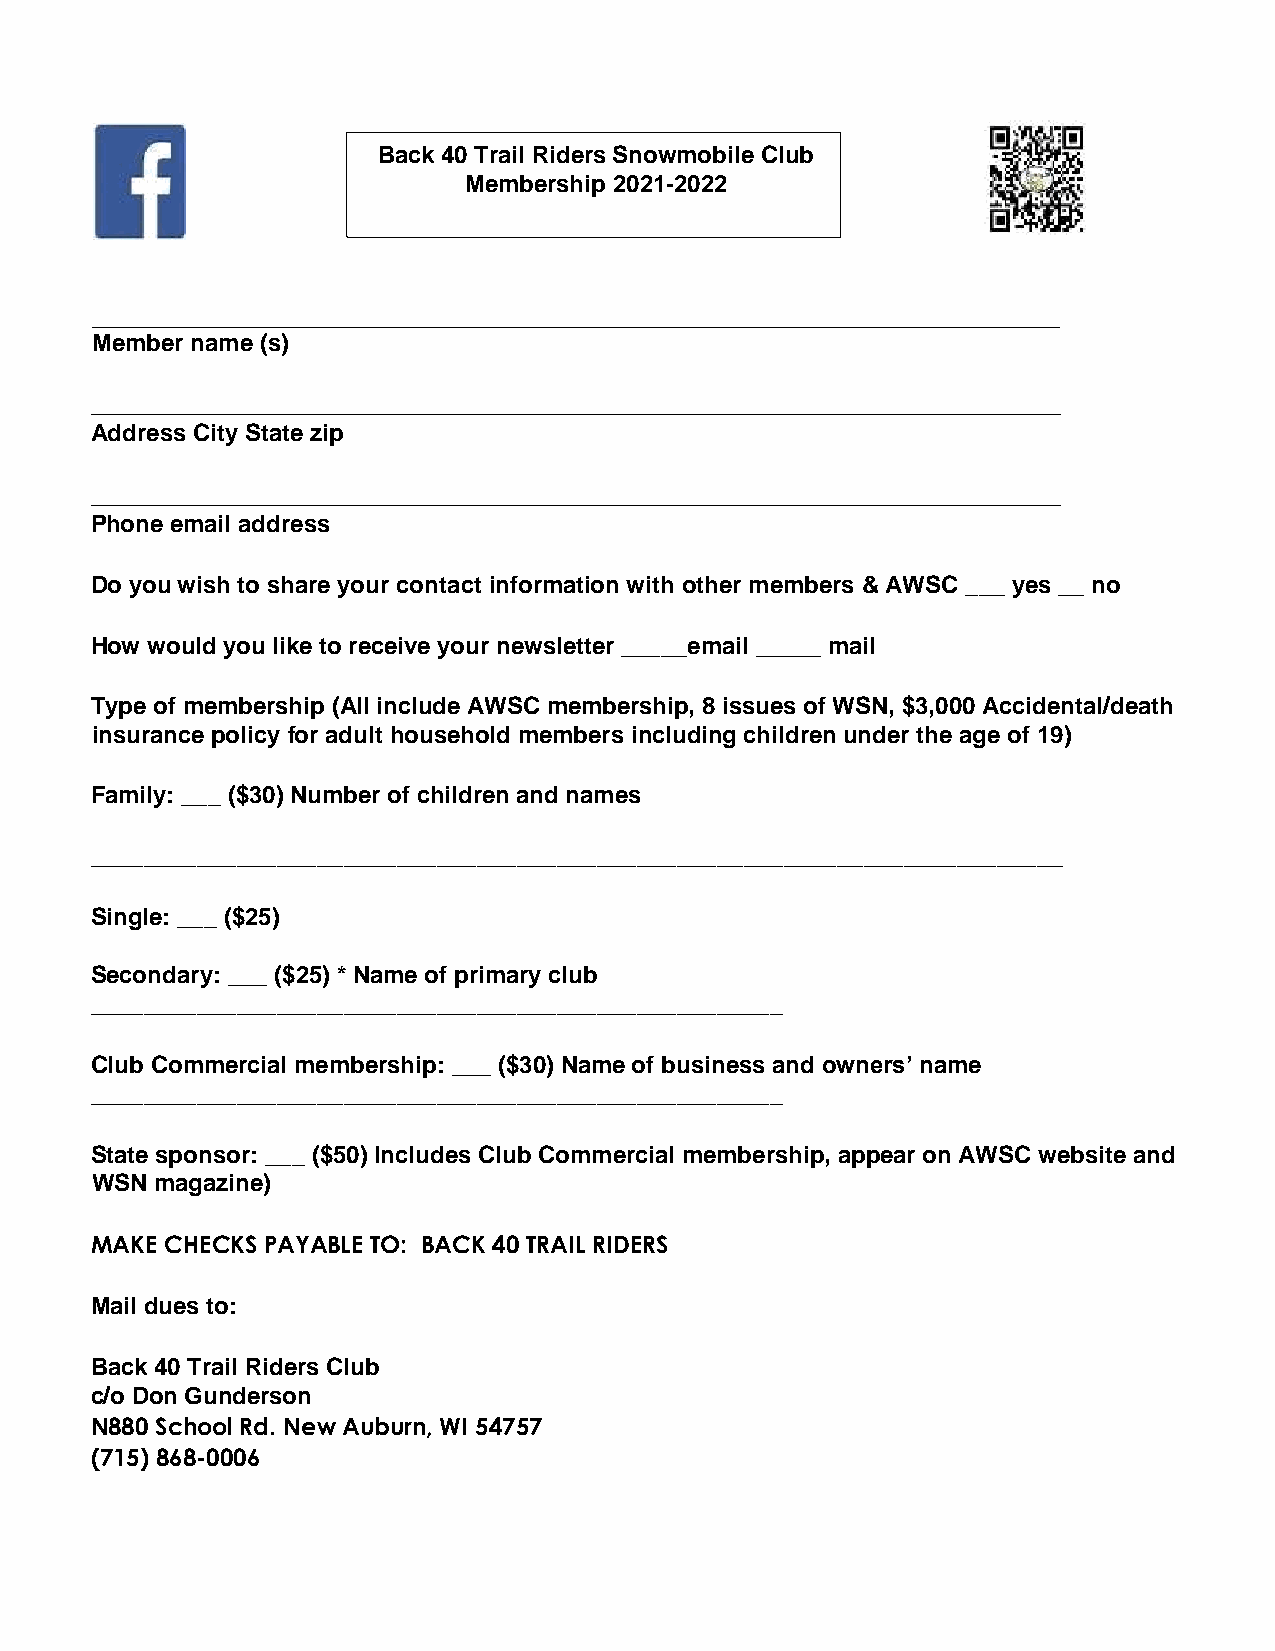
Back 40 Trail Riders Snowmobile Club
 Membership 2021-2022
 _____________________________________________________________________________________________
 Member name (s)
 _________________________________________________________________________________
 Address City State zip
 _________________________________________________________________________________
 Phone email address
 Do you wish to share your contact information with other members & AWSC ___ yes __ no
 How would you like to receive your newsletter _____email _____ mail
 Type of membership (All include AWSC membership, 8 issues of WSN, $3,000 Accidental/death
 insurance policy for adult household members including children under the age of 19)
 Family: ___ ($30) Number of children and names
 _________________________________________________________________________
 Single: ___ ($25)
 Secondary: ___ ($25) * Name of primary club
 ____________________________________________________
 Club Commercial membership: ___ ($30) Name of business and owners’ name
 ____________________________________________________
 State sponsor: ___ ($50) Includes Club Commercial membership, appear on AWSC website and
 WSN magazine)
 MAKE CHECKS PAYABLE TO: BACK 40 TRAIL RIDERS
 Mail dues to:
 Back 40 Trail Riders Club
 c/o Don Gunderson
 N880 School Rd. New Auburn, WI 54757
 (715) 868-0006